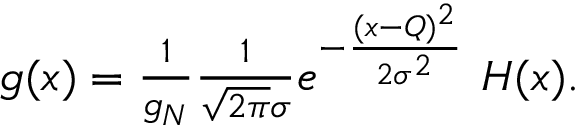
\begin{array} { r } { g ( x ) = \frac { 1 } { g _ { N } } \frac { 1 } { \sqrt { 2 \pi } \sigma } e ^ { - \frac { ( x - Q ) ^ { 2 } } { 2 \sigma ^ { 2 } } } \ H ( x ) . } \end{array}